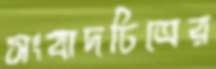
সংবাদচিত্রের